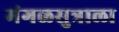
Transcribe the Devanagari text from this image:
मंगळसुत्राला